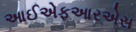
આઈએફઆરએસ